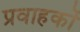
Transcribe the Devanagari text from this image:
प्रवाहकों